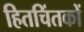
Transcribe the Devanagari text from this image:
हितचिंतकों